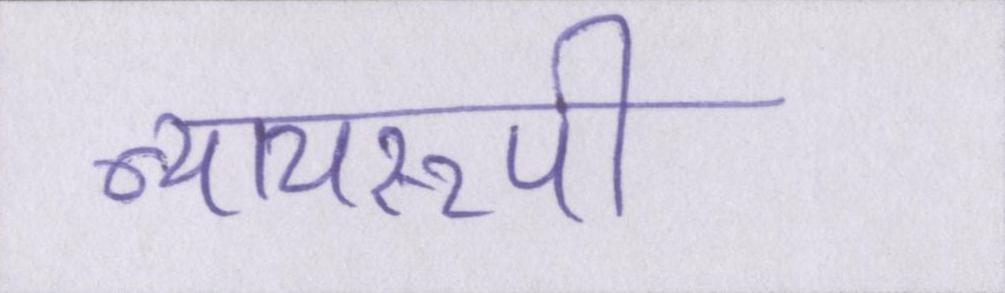
न्यायरूपी